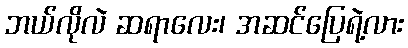
ဘယ်လိုလဲ ဆရာလေး၊ အဆင်ပြေရဲ့လား